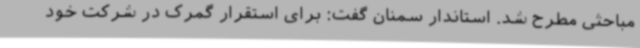
مباحثی مطرح شد. استاندار سمنان گفت: برای استقرار گمرک در شرکت خود